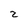
Character: 2